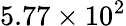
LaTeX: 5.77\times 10^{2}